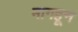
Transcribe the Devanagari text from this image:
मागहून